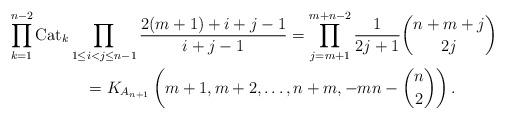
LaTeX: \begin{gather*}\prod_{k=1}^{n-2} {\rm Cat}_{k} \prod_{1\le i < j \le n-1} \frac{2(m+1)+i+j-1}{i+j-1}=\prod_{j=m+1}^{m+n-2} \frac{1}{2j+1} {n+m+j \choose 2 j}\\\qquad{} =K_{A_{n+1}}\left(m+1,m+2,\ldots,n+m,-m n- {n \choose 2}\right) .\end{gather*}